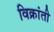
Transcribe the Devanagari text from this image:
विक्रांती